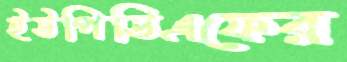
ইউপিডিএফের